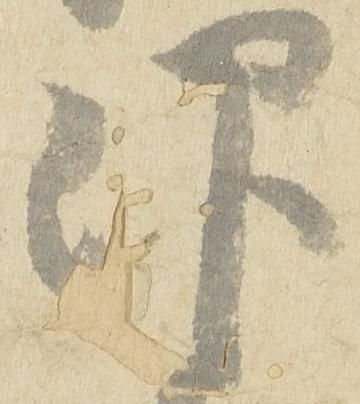
仰